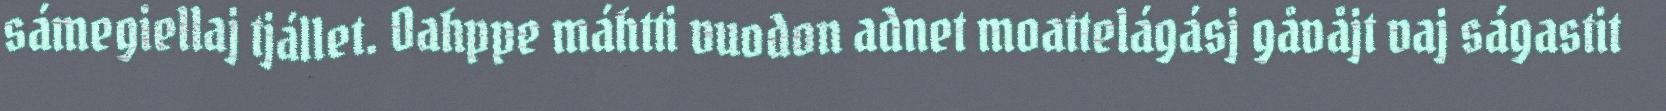
sámegiellaj tjállet. Oahppe máhtti vuodon adnet moattelágásj gåvåjt vaj ságastit